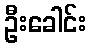
ဦးခေါင်း